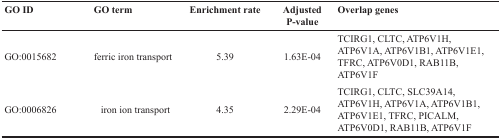
<table><thead><tr><td><b>GO ID</b></td><td><b>GO term</b></td><td><b>Enrichment rate</b></td><td><b>Adjusted P-value</b></td><td><b>Overlap genes</b></td></tr></thead><tbody><tr><td>GO:0015682</td><td>ferric iron transport</td><td>5.39</td><td>1.63E-04</td><td>TCIRG1, CLTC, ATP6V1H, ATP6V1A, ATP6V1B1, ATP6V1E1, TFRC, ATP6V0D1, RAB11B, ATP6V1F</td></tr><tr><td>GO:0006826</td><td>iron ion transport</td><td>4.35</td><td>2.29E-04</td><td>TCIRG1, CLTC, SLC39A14, ATP6V1H, ATP6V1A, ATP6V1B1, ATP6V1E1, TFRC, PICALM, ATP6V0D1, RAB11B, ATP6V1F</td></tr></tbody></table>